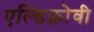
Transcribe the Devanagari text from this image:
एल्डिफ़्रोवी